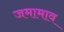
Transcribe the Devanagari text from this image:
जमामाव